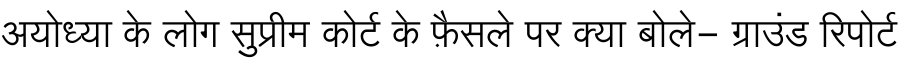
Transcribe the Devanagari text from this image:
अयोध्या के लोग सुप्रीम कोर्ट के फ़ैसले पर क्या बोले- ग्राउंड रिपोर्ट